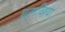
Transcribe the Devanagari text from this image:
बटाव्हिया